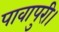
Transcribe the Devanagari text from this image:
पावापुरी।